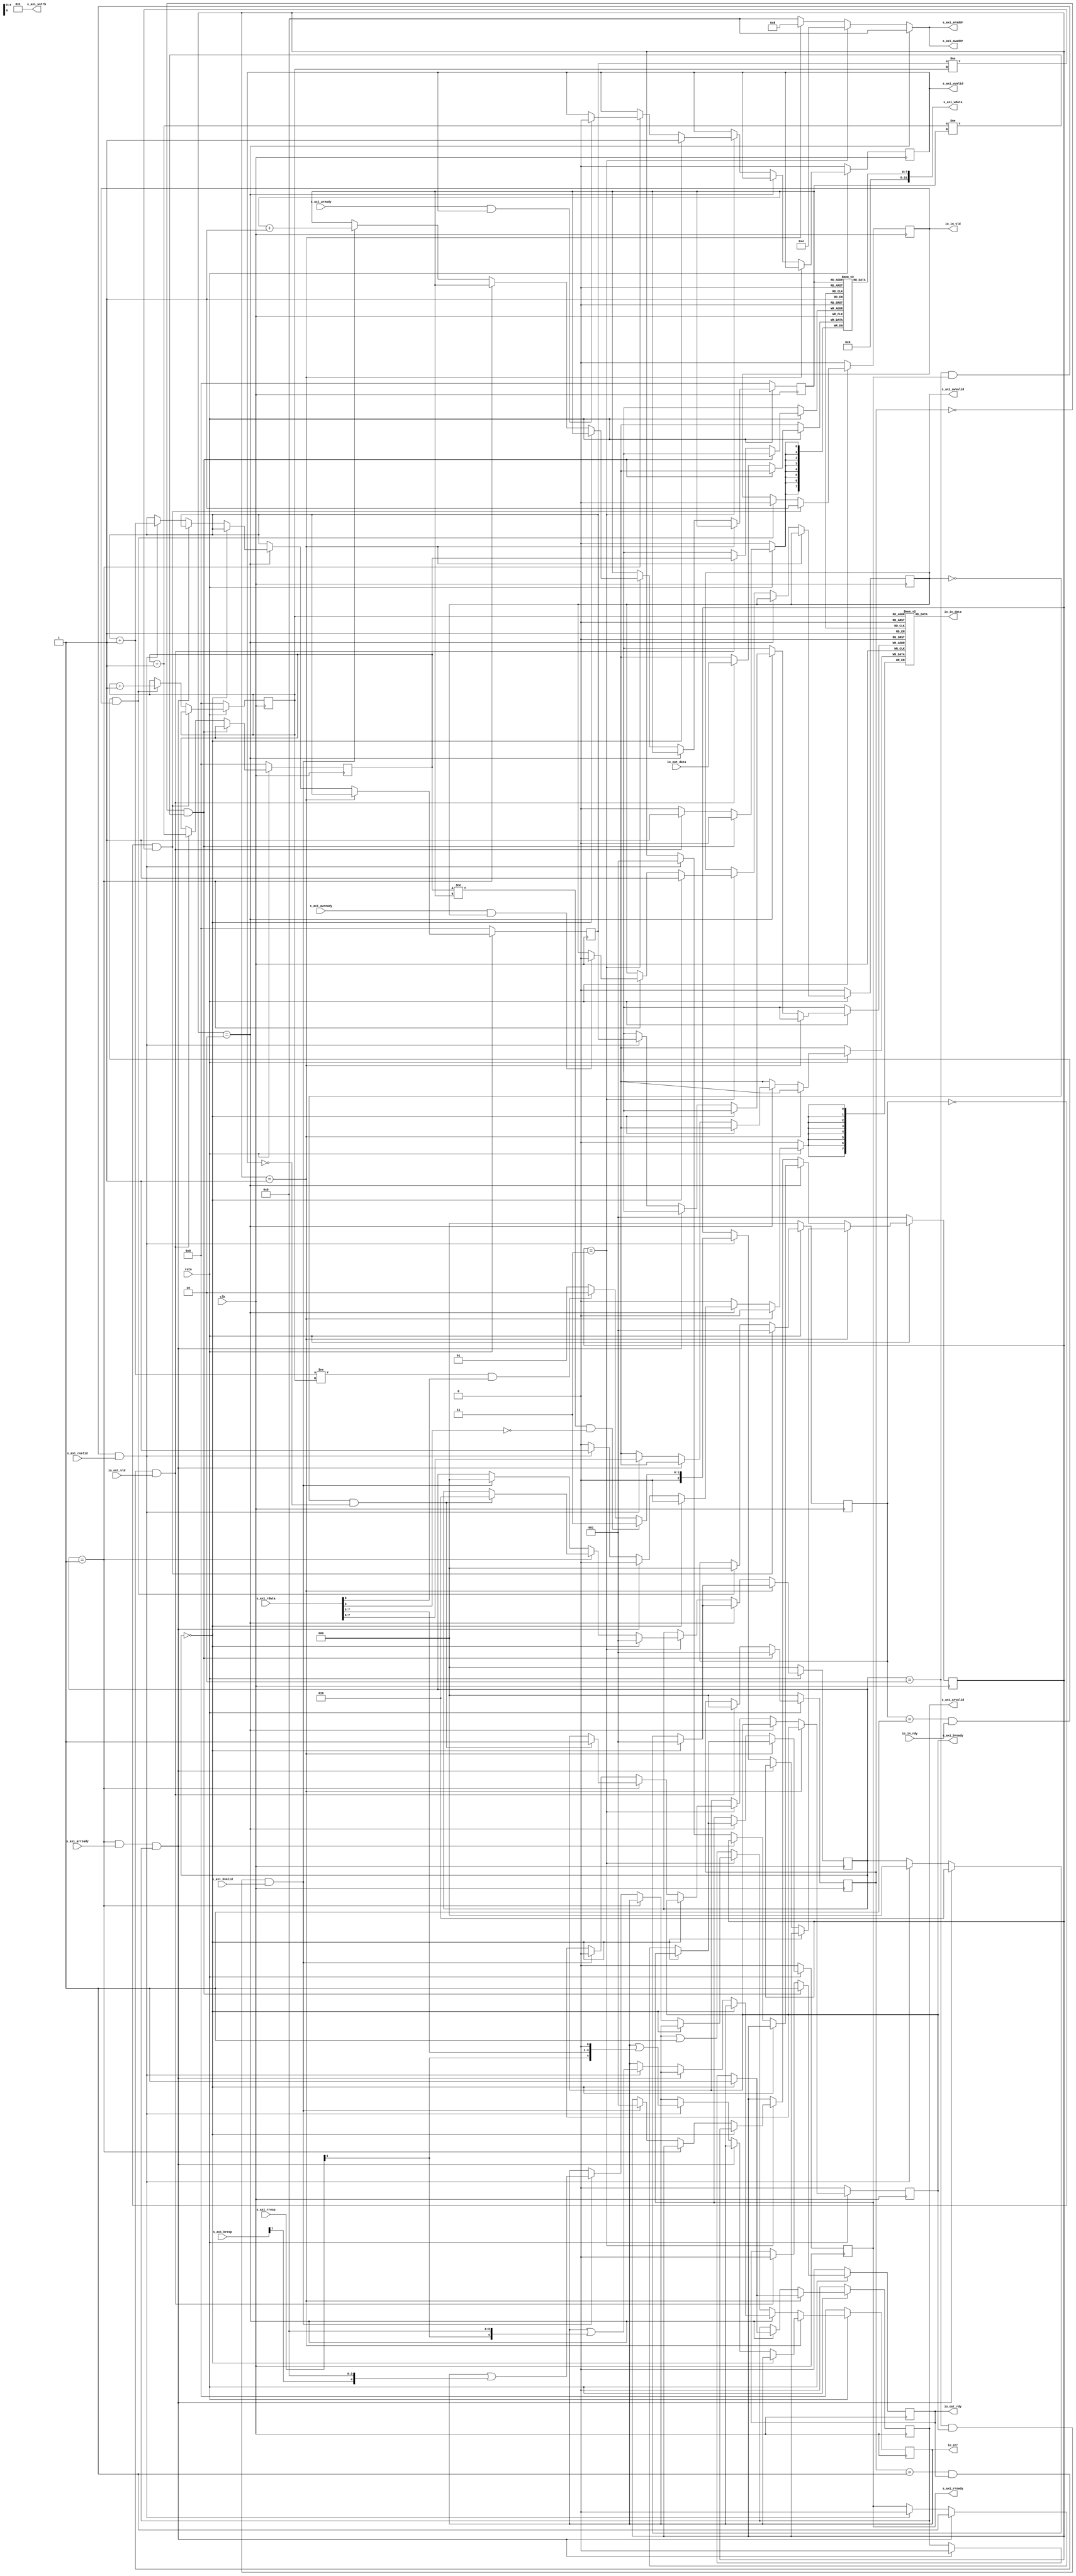
module IOcontroller (
	input wire clk,
	input wire rstn,

	// cpu
	output wire [7:0] io_in_data,
	input wire io_in_rdy,
	output reg io_in_vld,

	input wire [7:0] io_out_data,
	output reg io_out_rdy,
	input wire io_out_vld,

	output reg [4:0] io_err, // { resp[1],parity,frame,overrun,lost }

	// axi4 lite
	output wire [3:0] s_axi_araddr, // out :read addr
	input wire s_axi_arready,
	output reg s_axi_arvalid,
	output wire [3:0] s_axi_awaddr, // out :write addr
	input wire s_axi_awready,
	output reg s_axi_awvalid,
	output reg s_axi_bready,				// in :is written properly ?
	input wire [1:0] s_axi_bresp,
	input wire s_axi_bvalid,
	input wire [31:0] s_axi_rdata,	// in :read data
	output reg s_axi_rready,
	input wire [1:0] s_axi_rresp,
	input wire s_axi_rvalid,
	output wire [31:0] s_axi_wdata,	// out :write data
	input wire s_axi_wready,
	output wire [3:0] s_axi_wstrb,
	output reg s_axi_wvalid
	);
	
	localparam st_check = 3'b001;
	localparam st_read  = 3'b010;
	localparam st_write = 3'b011;
	
	localparam err_lost = 5'b00001;

	// if you want to use large buffer, you should rewrite buffer using dual port memory
	localparam buf_size = 32;
	localparam buf_bit  = 5;

	reg [2:0] state;
	reg [2:0] sub_state;
	reg [2:0] in_state;
	reg [2:0] out_state;
	reg [7:0] stat_reg;

	// when push to buf, hd++;; when pop from buf, tl++  tl <= x < hd is valid data
	reg [7:0] rbuf_data [buf_size-1:0];
	reg [buf_bit-1:0] rbuf_hd;
	reg [buf_bit-1:0] rbuf_tl;
	reg [7:0] wbuf_data [buf_size-1:0];
	reg [buf_bit-1:0] wbuf_hd;
	reg [buf_bit-1:0] wbuf_tl;
	wire r_uart_rdy;
	wire w_uart_rdy;
	wire r_in_rdy;
	wire w_out_rdy;

	//const
	assign s_axi_wstrb = 4'b0001;

	assign io_in_data = rbuf_data[rbuf_tl];

	assign s_axi_araddr = state == st_read  ? 4'h0 :
												state == st_write ? 4'h4 :
												state == st_check ? 4'h8 : 4'h0;
	assign s_axi_awaddr = s_axi_araddr;
	assign s_axi_wdata = { 24'b0 , wbuf_data[wbuf_tl] };

	assign r_uart_rdy = (rbuf_hd + 5'b00001) != rbuf_tl;
	assign w_uart_rdy = wbuf_hd != wbuf_tl;
	assign r_in_rdy = rbuf_hd != rbuf_tl;
	assign w_out_rdy = (wbuf_hd + 5'b00001) != wbuf_tl;

	always @(posedge clk) begin
		if(~rstn) begin
			io_in_vld <= 0;
			io_out_rdy <= 0;
			io_err <= 0;
			s_axi_arvalid <= 0;
			s_axi_awvalid <= 0;
			s_axi_bready <= 0;
			s_axi_rready <= 0;
			s_axi_wvalid <= 0;
			state <= st_check;
			sub_state <= 0;
			in_state <= 0;
			out_state <= 0;
			rbuf_hd <= 0;
	//		rbuf_data[0] <= 8'h37;
	//		rbuf_data[1] <= 8'h0a;
	//		rbuf_data[2] <= 8'h33;
	//		rbuf_data[3] <= 8'h0a;
	//		rbuf_hd <= 4;
			rbuf_tl <= 0;
			wbuf_hd <= 0;
			wbuf_tl <= 0;
		end else begin
			//axi
			if (state == st_check) begin		// check status register
				if (sub_state == 0) begin
					s_axi_arvalid <= 1;
					sub_state <= 1;
				end else if (sub_state == 1 && s_axi_arready && s_axi_arvalid) begin
					s_axi_arvalid <= 0;
					s_axi_rready <= 1;
					sub_state <= 2;
				end else if (sub_state == 2 && s_axi_rready && s_axi_rvalid) begin
					s_axi_rready <= 0;
					io_err <= io_err | { s_axi_rresp[1] , s_axi_rdata[7:5], 1'b0 };
					if (w_uart_rdy && ~s_axi_rdata[3]) begin				// write > read, so read can be starve
						state <= st_write;
						sub_state <= 0;
					end else if(r_uart_rdy && s_axi_rdata[0]) begin
						state <= st_read;
						sub_state <= 0;
					end else begin
						state <= st_check;
						sub_state <= 0;
					end
				end
			end else if (state == st_read) begin		// read
				if (sub_state == 0) begin
					s_axi_arvalid <= 1;
					sub_state <= 1;
				end else if (sub_state == 1 && s_axi_arready && s_axi_arvalid) begin
					s_axi_arvalid <= 0;
					s_axi_rready <= 1;
					sub_state <= 2;
				end else if (sub_state == 2 && s_axi_rready && s_axi_rvalid) begin
					s_axi_rready <= 0;
					io_err <= io_err | { s_axi_rresp[1] ,4'b0000 };
					rbuf_data[rbuf_hd] <= s_axi_rdata;
					rbuf_hd <= rbuf_hd + 1;
					state <= st_check;
					sub_state <= 0;
				end
			end else if (state == st_write) begin		//write
				if (sub_state == 0) begin
					s_axi_awvalid <= 1;
					s_axi_wvalid <= 1;
					sub_state <= 1;
				end else if (sub_state == 1) begin
					if (s_axi_awready && s_axi_awvalid) begin
						s_axi_awvalid <= 0;
					end
					if (s_axi_wready && s_axi_wvalid) begin
						s_axi_wvalid <= 0;
					end
					if (~s_axi_awvalid && ~s_axi_wvalid) begin
						s_axi_bready <= 1;
						sub_state <= 2;
					end
				end else if (sub_state == 2 && s_axi_bready && s_axi_bvalid) begin
					s_axi_bready <= 0;
					io_err <= io_err | { s_axi_bresp[1] , 4'b0000 };
					wbuf_tl <= wbuf_tl + 1;
					state <= st_check;
					sub_state <= 0;
				end		
			end else begin
				io_err <= io_err | err_lost;
			end
			
			//cpu
			//in
			if (in_state == 0 && r_in_rdy) begin
				io_in_vld <= 1;
				in_state <= 1;
			end else if (in_state == 1 && io_in_rdy && io_in_vld) begin
				io_in_vld <= 0;
				rbuf_tl <= rbuf_tl + 1;
				in_state <= 0;
			end
			//out
			if(out_state == 0 && w_out_rdy) begin
				io_out_rdy <= 1;
				out_state <= 1;
			end else if (out_state == 1 && io_out_rdy && io_out_vld) begin
				io_out_rdy <= 0;
				wbuf_data[wbuf_hd] <= io_out_data;
				wbuf_hd <= wbuf_hd + 1;
				out_state <= 0;
			end
		end
	end

endmodule